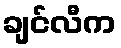
ချင်လီက